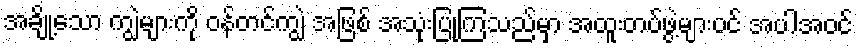
အချို့သော ကျွဲများကို ဝန်တင်ကျွဲ အဖြစ် အသုံးပြုကြသည်မှာ အထူးတပ်ဖွဲ့များပင် အပါအဝင်